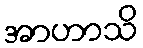
အာဟာသိ